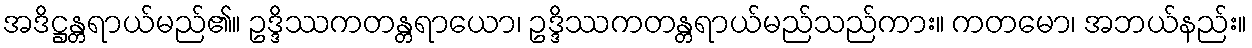
အဒိဋ္ဌန္တရာယ်မည်၏။ ဥဒ္ဒိဿကတန္တရာယော၊ ဥဒ္ဒိဿကတန္တရာယ်မည်သည်ကား။ ကတမော၊ အဘယ်နည်း။